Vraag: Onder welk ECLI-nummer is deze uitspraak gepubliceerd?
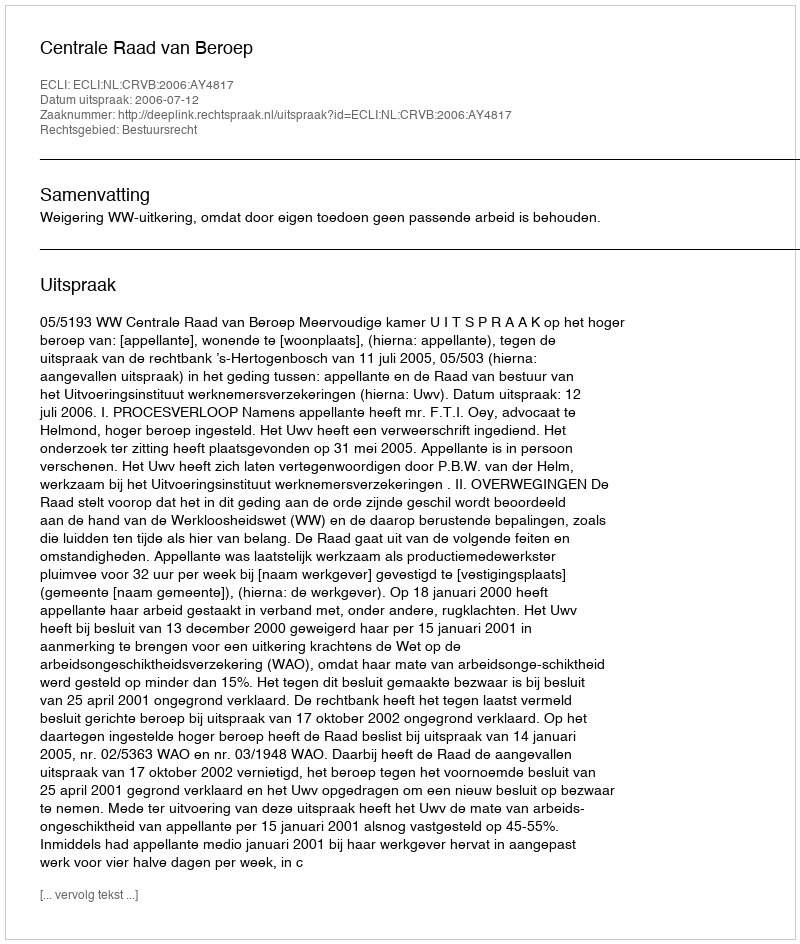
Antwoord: ECLI:NL:CRVB:2006:AY4817